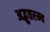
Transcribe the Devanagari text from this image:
अद्भुतरम्य